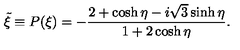
\tilde { \xi } \equiv P ( \xi ) = - \frac { 2 + \cosh \eta - i \sqrt { 3 } \sinh \eta } { 1 + 2 \cosh \eta } .